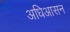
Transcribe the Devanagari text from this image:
अधिआसन